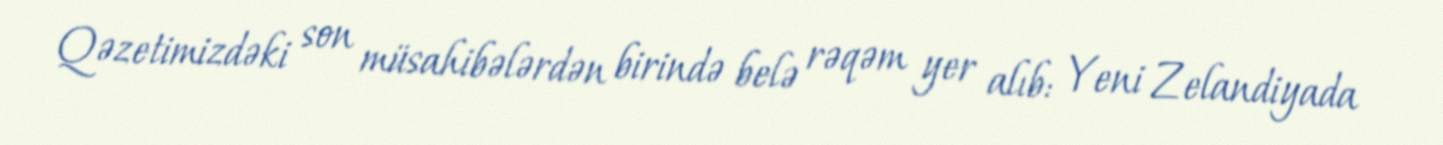
Qəzetimizdəki son müsahibələrdən birində belə rəqəm yer alıb: Yeni Zelandiyada